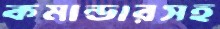
কমান্ডারসহ